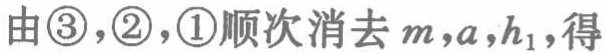
由\textcircled{3}，\textcircled{2}，\textcircled{1}顺次消去\(m,a,h_{1}\)，得